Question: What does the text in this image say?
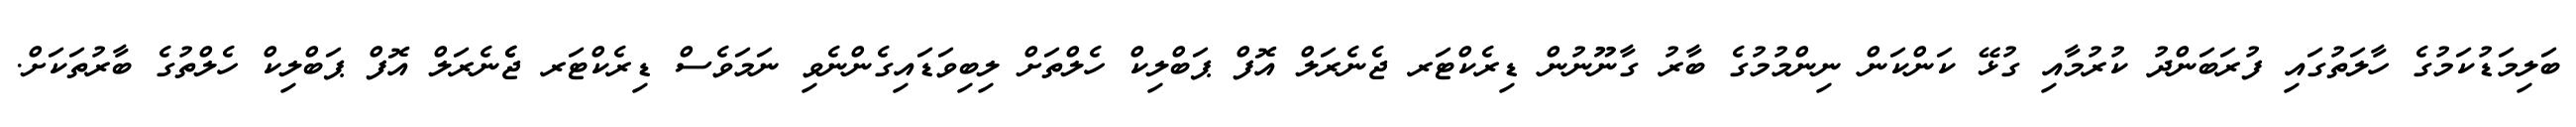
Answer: ބަލިމަޑުކަމުގެ ހާލަތުގައި ފުރަބަންދު ކުރުމާއި ގުޅޭ ކަންކަން ނިންމުމުގެ ބާރު ގާނޫނުން ޑިރެކްޓަރ ޖެނެރަލް އޮފް ޕަބްލިކް ހެލްތަށް ލިބިވަޑައިގެންނެވި ނަމަވެސް ޑިރެކްޓަރ ޖެެނެރަލް އޮފް ޕަބްލިކް ހެލްތުގެ ބާރުތަކަށް.